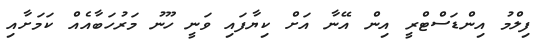
ފިލްމު އިންޑަސްޓްރީ އިން އޭނާ އަށް ކިޔާފައި ވަނީ ހޫނު މަރުހަބާއެއް ކަމަށާއި